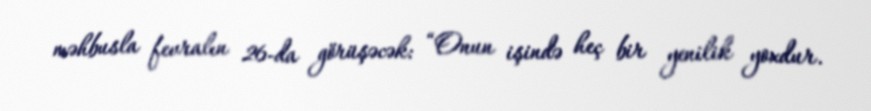
məhbusla fevralın 26-da görüşəcək: “Onun işində heç bir yenilik yoxdur.